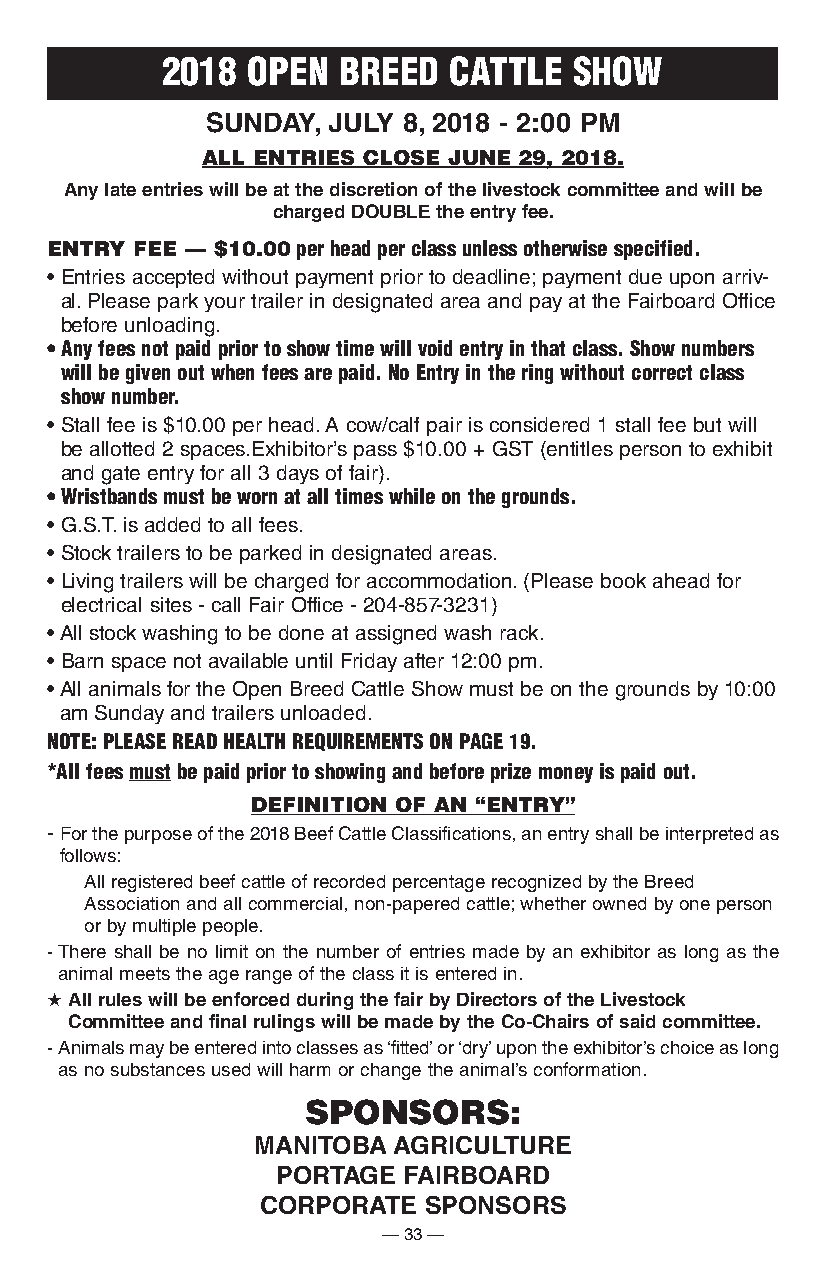
2018 oPen  bReeD   CAttLe  show
 SUnDay, JUly 8, 2018 - 2:00 pM
 ALL ENTRIES CLOSE JUNE 29, 2018.
 any late entries will be at the discretion of the livestock committee and will be
 charged DoUBle the entry fee.
 ENTRY FEE — $10.00 per head per class unless otherwise specified.
 • Entries accepted without payment prior to deadline; payment due upon arriv-
 al. Please park your trailer in designated area and pay at the Fairboard Office
 before unloading.
 • Any fees not paid prior to show time will void entry in that class. Show numbers
 will be given out when fees are paid. no entry in the ring without correct class
 show number.
 • Stall fee is $10.00 per head. A cow/calf pair is considered 1 stall fee but will
 be allotted 2 spaces.Exhibitor’s pass $10.00 + GST (entitles person to exhibit
 and gate entry for all 3 days of fair).
 • Wristbands must be worn at all times while on the grounds.
 • G.S.T. is added to all fees.
 • Stock trailers to be parked in designated areas.
 • Living trailers will be charged for accommodation. (Please book ahead for
 electrical sites - call Fair Office - 204-857-3231)
 • All stock washing to be done at assigned wash rack.
 • Barn space not available until Friday after 12:00 pm.
 • All animals for the Open Breed Cattle Show must be on the grounds by 10:00
 am Sunday and trailers unloaded.
 note: PLeAse ReAD heALth ReQUiReMents on PAge 19.
 *All fees must be paid prior to showing and before prize money is paid out.
 DEFINITION OF AN “ENTRY”
 - For the purpose of the 2018 Beef Cattle Classifications, an entry shall be interpreted as
 follows:
 All registered beef cattle of recorded percentage recognized by the Breed
 Association and all commercial, non-papered cattle; whether owned by one person
 or by multiple people.
 - There shall be no limit on the number of entries made by an exhibitor as long as the
 animal meets the age range of the class it is entered in.
 H all rules will be enforced during the fair by Directors of the livestock
 committee and final rulings will be made by the co-chairs of said committee.
 - Animals may be entered into classes as ‘fitted’ or ‘dry’ upon the exhibitor’s choice as long
 as no substances used will harm or change the animal’s conformation.
 SPOnSORS:
 ManitoBa aGricUltUre
 portaGe  FairBoarD
 corporate  SponSorS
 — 33 —